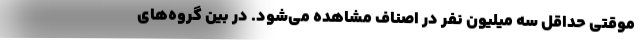
موقتی حداقل سه میلیون نفر در اصناف مشاهده می‌شود. در بین گروه‌های